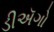
ડીઍગો